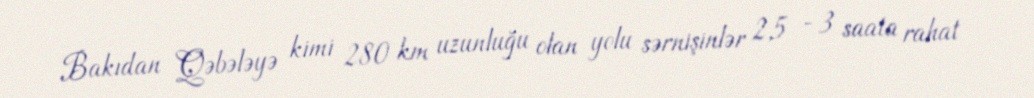
Bakıdan Qəbələyə kimi 280 km uzunluğu olan yolu sərnişinlər 2,5 - 3 saata rahat